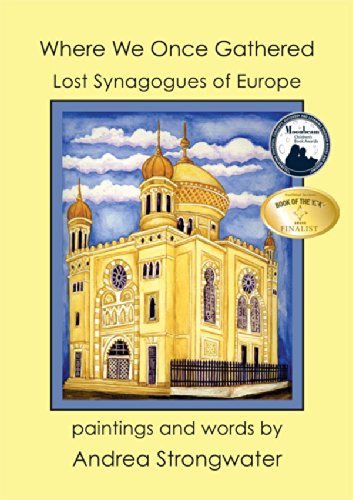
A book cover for Where We Once Gathered, Lost Synagogues of Europe; Andrea Strongwater; Children's Books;